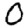
Digit: 0